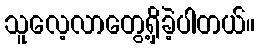
သူလေ့လာတွေ့ရှိခဲ့ပါတယ်။